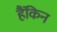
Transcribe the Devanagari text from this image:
हैंकिन